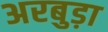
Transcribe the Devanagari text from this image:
अरबुड़ा